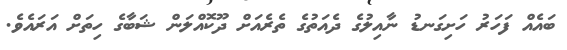
ބައެއް ފަހަރު ހަށިގަނޑު ނާއިލުގެ ދެއަތުގެ ތެރެއަށް ދޫކޮއްލަން ޝަބާގެ ހިތަށް އަރައެވެ.